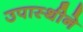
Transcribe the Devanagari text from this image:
उपास्थीने